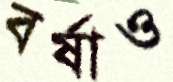
বর্ষাও